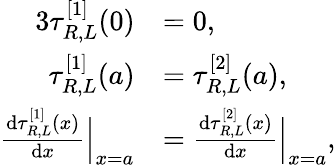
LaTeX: \begin{array}{rl}{{3}\tau_{R,L}^{[1]}(0)}&{=0,}\\ {\tau_{R,L}^{[1]}(a)}&{=\tau_{R,L}^{[2]}(a),}\\ {\frac{\mathrm{d}\tau_{R,L}^{[1]}(x)}{\mathrm{d}x}\Big|_{x=a}}&{=\frac{\mathrm{d}\tau_{R,L}^{[2]}(x)}{\mathrm{d}x}\Big|_{x=a},}\end{array}